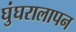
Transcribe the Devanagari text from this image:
घुंघरालापन